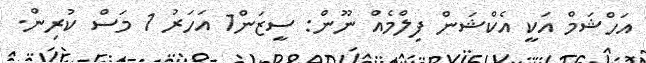
އަހްޝަމް އަކީ އެކްޝަން ފިލްމެއް ނޫން: ސީޒަން1 އަހަރު 1 މަސް ކުރިން.